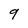
Character: 9